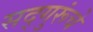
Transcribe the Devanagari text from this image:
सद्गुरूंचे